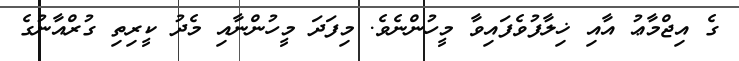
ގެ އިޖްމާޢު އާއި ޚިލާފުވެފައިވާ މީހުންނެވެ. މިފަދަ މީހުންނާއި މެދު ކީރިތި ގުރްއާނުގެ